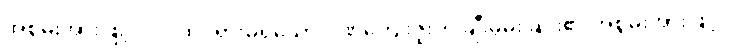
အစွမ်းအားဖြင့်။ ဝါ၊ ထင်ရှားမရှိသော ဂုဏ်ကျေးဇူးကို ချီးမွမ်းခြင်း၏ အစွမ်းအားဖြင့်။